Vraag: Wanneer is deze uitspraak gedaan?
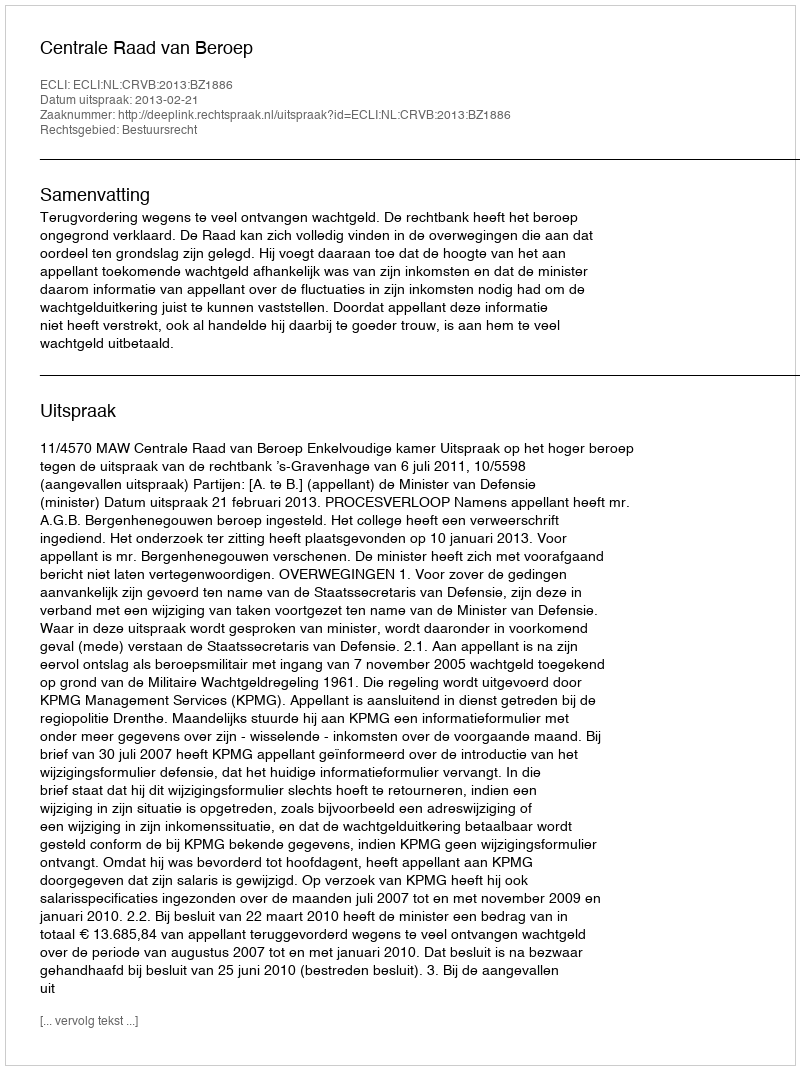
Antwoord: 2013-02-21